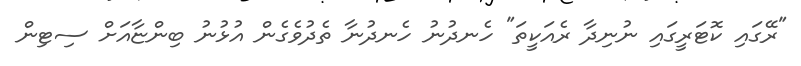
"ރޭގައި ކޮޓަރީގައި ނުނިދާ ރެއަކީތަ" ހެނދުނު ހެނދުނާ ތެދުވެގެން އުޅުނު ބިންޏާއަށް ސިޓިން